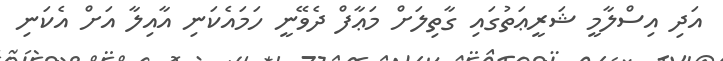
އަދި އިސްލާމީ ޝަރީޢަތުގައި ގާތިލަށް މަޢާފް ދެވޭނީ ހަމައެކަނި އާއިލާ އަށް އެކަނި